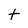
Character: t